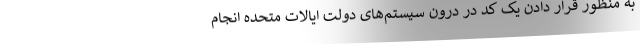
به منظور قرار دادن یک کد در درون سیستم‌های دولت ایالات متحده انجام